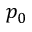
p _ { 0 }